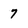
Character: 7